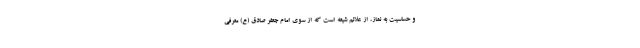
و حساسیت به نماز، از علائم شیعه است که از سوی امام جعفر صادق (ع) معرفی